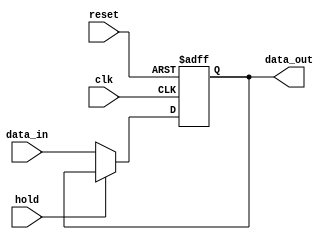
module hold_condition (
    input wire clk,           // Clock signal
    input wire reset,         // Reset signal
    input wire hold,          // Hold control signal
    input wire [7:0] data_in, // Data input (8-bit for example)
    output reg [7:0] data_out // Data output (8-bit for example)
);

    // Initial block to set the initial state
    initial begin
        data_out = 8'b0; // Predefined value on reset
    end

    // Always block triggered on the rising edge of the clock
    always @(posedge clk or posedge reset) begin
        if (reset) begin
            // Reset the output to a predefined value
            data_out <= 8'b0; // Example reset value
        end else if (hold) begin
            // Hold the current output value
            data_out <= data_out; // No change
        end else begin
            // Update the output with the new data input
            data_out <= data_in; // Update output based on input
        end
    end

endmodule